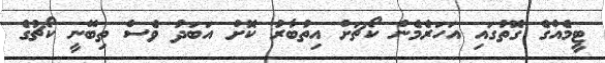
ޓީމެއްގެ ގޮތުގައި އަހަރެމެން ކޯޗަށް އިތުބާރު ކޮށް އަބަދު ވެސް ތިބޭނީ ކޯޗުގެ